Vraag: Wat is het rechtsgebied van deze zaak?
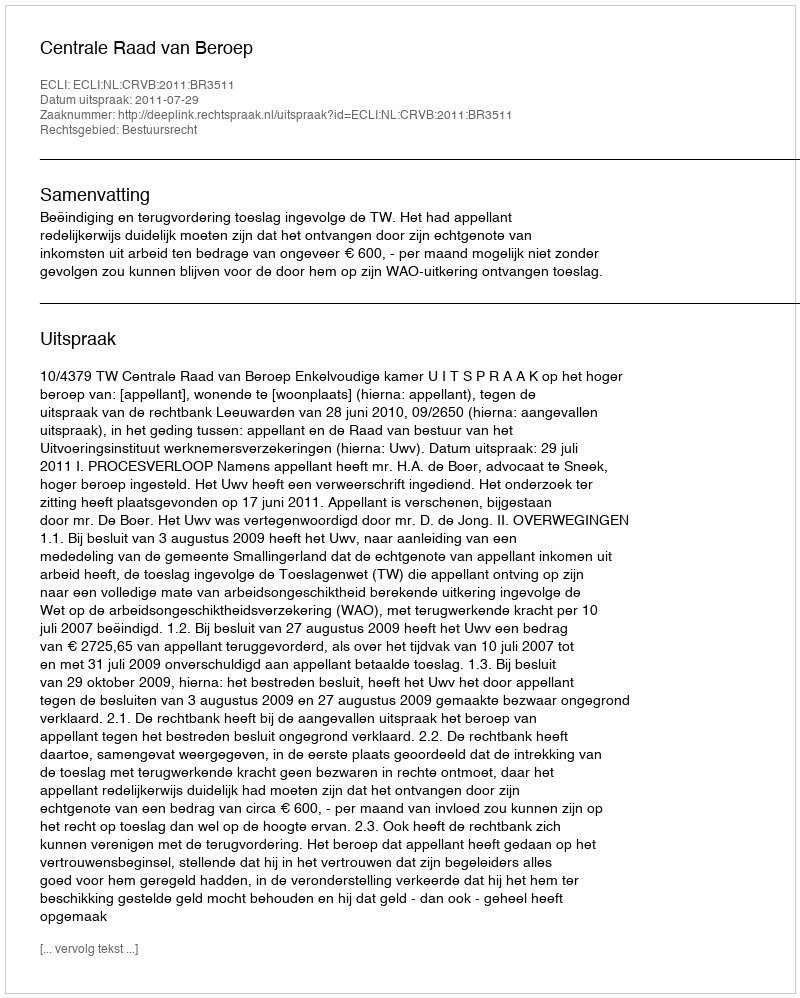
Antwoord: Bestuursrecht